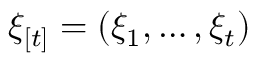
\xi _ { [ t ] } = ( \xi _ { 1 } , \dots , \xi _ { t } )